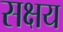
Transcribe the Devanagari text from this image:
सक्षय